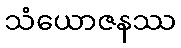
သံယောဇနဿ